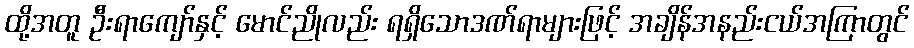
ထို့အတူ ဦးရာကျော်နှင့် မောင်ညိုလည်း ရရှိသောဒဏ်ရာများဖြင့် အချိန်အနည်းငယ်အကြာတွင်